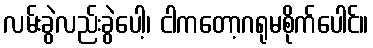
လမ်းခွဲလည်းခွဲပေါ့၊ ငါကတော့ဂရုမစိုက်ပေါင်။